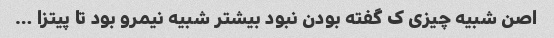
اصن شبیه چیزی ک گفته بودن نبود بیشتر شبیه نیمرو بود تا پیتزا …